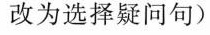
改为选择疑问句)